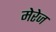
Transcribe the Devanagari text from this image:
मेरेज